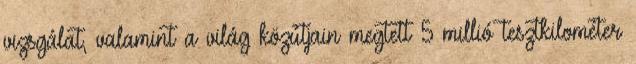
vizsgálat, valamint a világ közútjain megtett 5 millió tesztkilométer